Scientific memoirs by medical officers of the Army of India - Part X,
Year: 1897
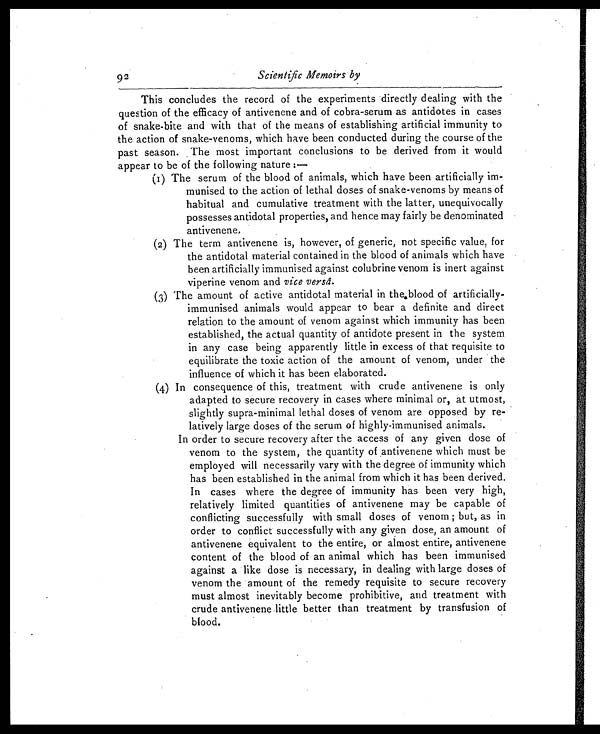
92
Scientific Memoirs by
This concludes the record of the experiments directly dealing with the
question of the efficacy of antivenene and of cobra-serum as antidotes in cases
of snake-bite and with that of the means of establishing artificial immunity to
the action of snake-venoms, which have been conducted during the course of the
past season. The most important conclusions to be derived from it would
appear to be of the following nature:—
(1) The serum of the blood of animals, which have been artificially im
-
munised to the action of lethal doses of snake-venoms by means of
habitual and cumulative treatment with the latter, unequivocally
possesses antidotal properties, and hence may fairly be denominated
antivenene.
(2) The term antivenene is, however, of generic, not specific value, for
the antidotal material contained in the blood of animals which have
been artificially immunised against colubrine venom is inert against
viperine venom and vice versâ.
(3) The amount of active antidotal material in the blood of artificially-
immunised animals would appear to bear a definite and direct
relation to the amount of venom against which immunity has been
established, the actual quantity of antidote present in the system
in any case being apparently little in excess of that requisite to
equilibrate the toxic action of the amount of venom, under the
influence of which it has been elaborated.
(4) In consequence of this, treatment with crude antivenene is only
adapted to secure recovery in cases where minimal or, at utmost,
slightly supra-minimal lethal doses of venom are opposed by re
-
latively large doses of the serum of highly-immunised animals.
In order to secure recovery after the access of any given dose of
venom to the system, the quantity of antivenene which must be
employed will necessarily vary with the degree of immunity which
has been established in the animal from which it has been derived.
In cases where the degree of immunity has been very high,
relatively limited quantities of antivenene may be capable of
conflicting successfully with small doses of venom; but, as in
order to conflict successfully with any given dose, an amount of
antivenene equivalent to the entire, or almost entire, antivenene
content of the blood of an animal which has been immunised
against a like dose is necessary, in dealing with large doses of
venom the amount of the remedy requisite to secure recovery
must almost inevitably become prohibitive, and treatment with
crude antivenene little better than treatment by transfusion of
blood.